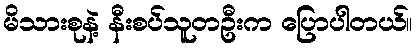
မိသားစုနဲ့ နီးစပ်သူတဦးက ပြောပါတယ်။